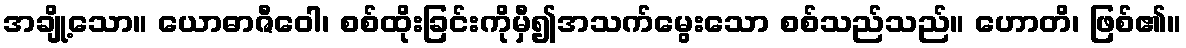
အချို့သော။ ယောဓာဇီဝေါ၊ စစ်ထိုးခြင်းကိုမှီ၍အသက်မွေးသော စစ်သည်သည်။ ဟောတိ၊ ဖြစ်၏။